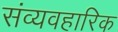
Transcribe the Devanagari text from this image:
संव्यवहारिक